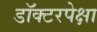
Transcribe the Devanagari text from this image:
डॉक्टरपेक्षा